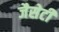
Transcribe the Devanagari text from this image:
जैसेटी